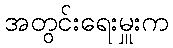
အတွင်းရေးမှူးက